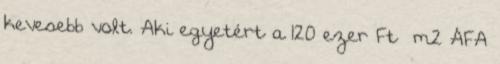
kevesebb volt. Aki egyetért a 120 ezer Ft m2 ÁFA